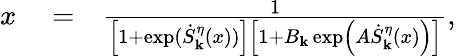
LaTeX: \begin{array}{rlr}{x}&{{}=}&{\frac{1}{\left[1+\exp(\dot{S}_{\mathbf k}^{\eta}(x))\right]\left[1+B_{\mathbf k}\exp\left(A\dot{S}_{\mathbf k}^{\eta}(x)\right)\right]},}\end{array}